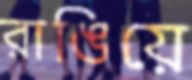
রাঙিয়ে